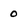
Character: O